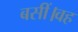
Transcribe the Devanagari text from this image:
बसीं।वह